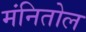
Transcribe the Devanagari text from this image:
मंनितोल